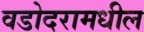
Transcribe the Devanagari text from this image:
वडोदरामधील